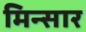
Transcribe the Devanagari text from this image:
मिन्सार